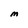
Character: M